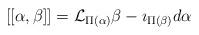
LaTeX: \begin{align*}[[\alpha,\beta]] = \mathcal{L}_{\Pi(\alpha)} \beta - \imath_{\Pi(\beta)} d\alpha\end{align*}